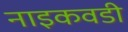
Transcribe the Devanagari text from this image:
नाइकवडी